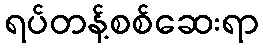
ရပ်တန့်စစ်ဆေးရာ